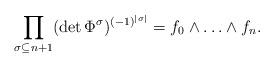
LaTeX: \begin{gather*} \prod_{\sigma \subseteq n+1} (\det \Phi^\sigma)^{(-1)^{|\sigma|}} = f_0 \wedge \ldots \wedge f_n. \end{gather*}